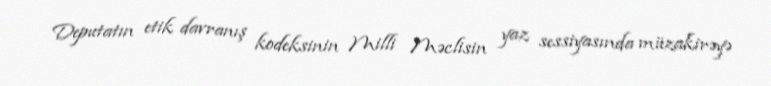
Deputatın etik davranış kodeksinin Milli Məclisin yaz sessiyasında müzakirəyə